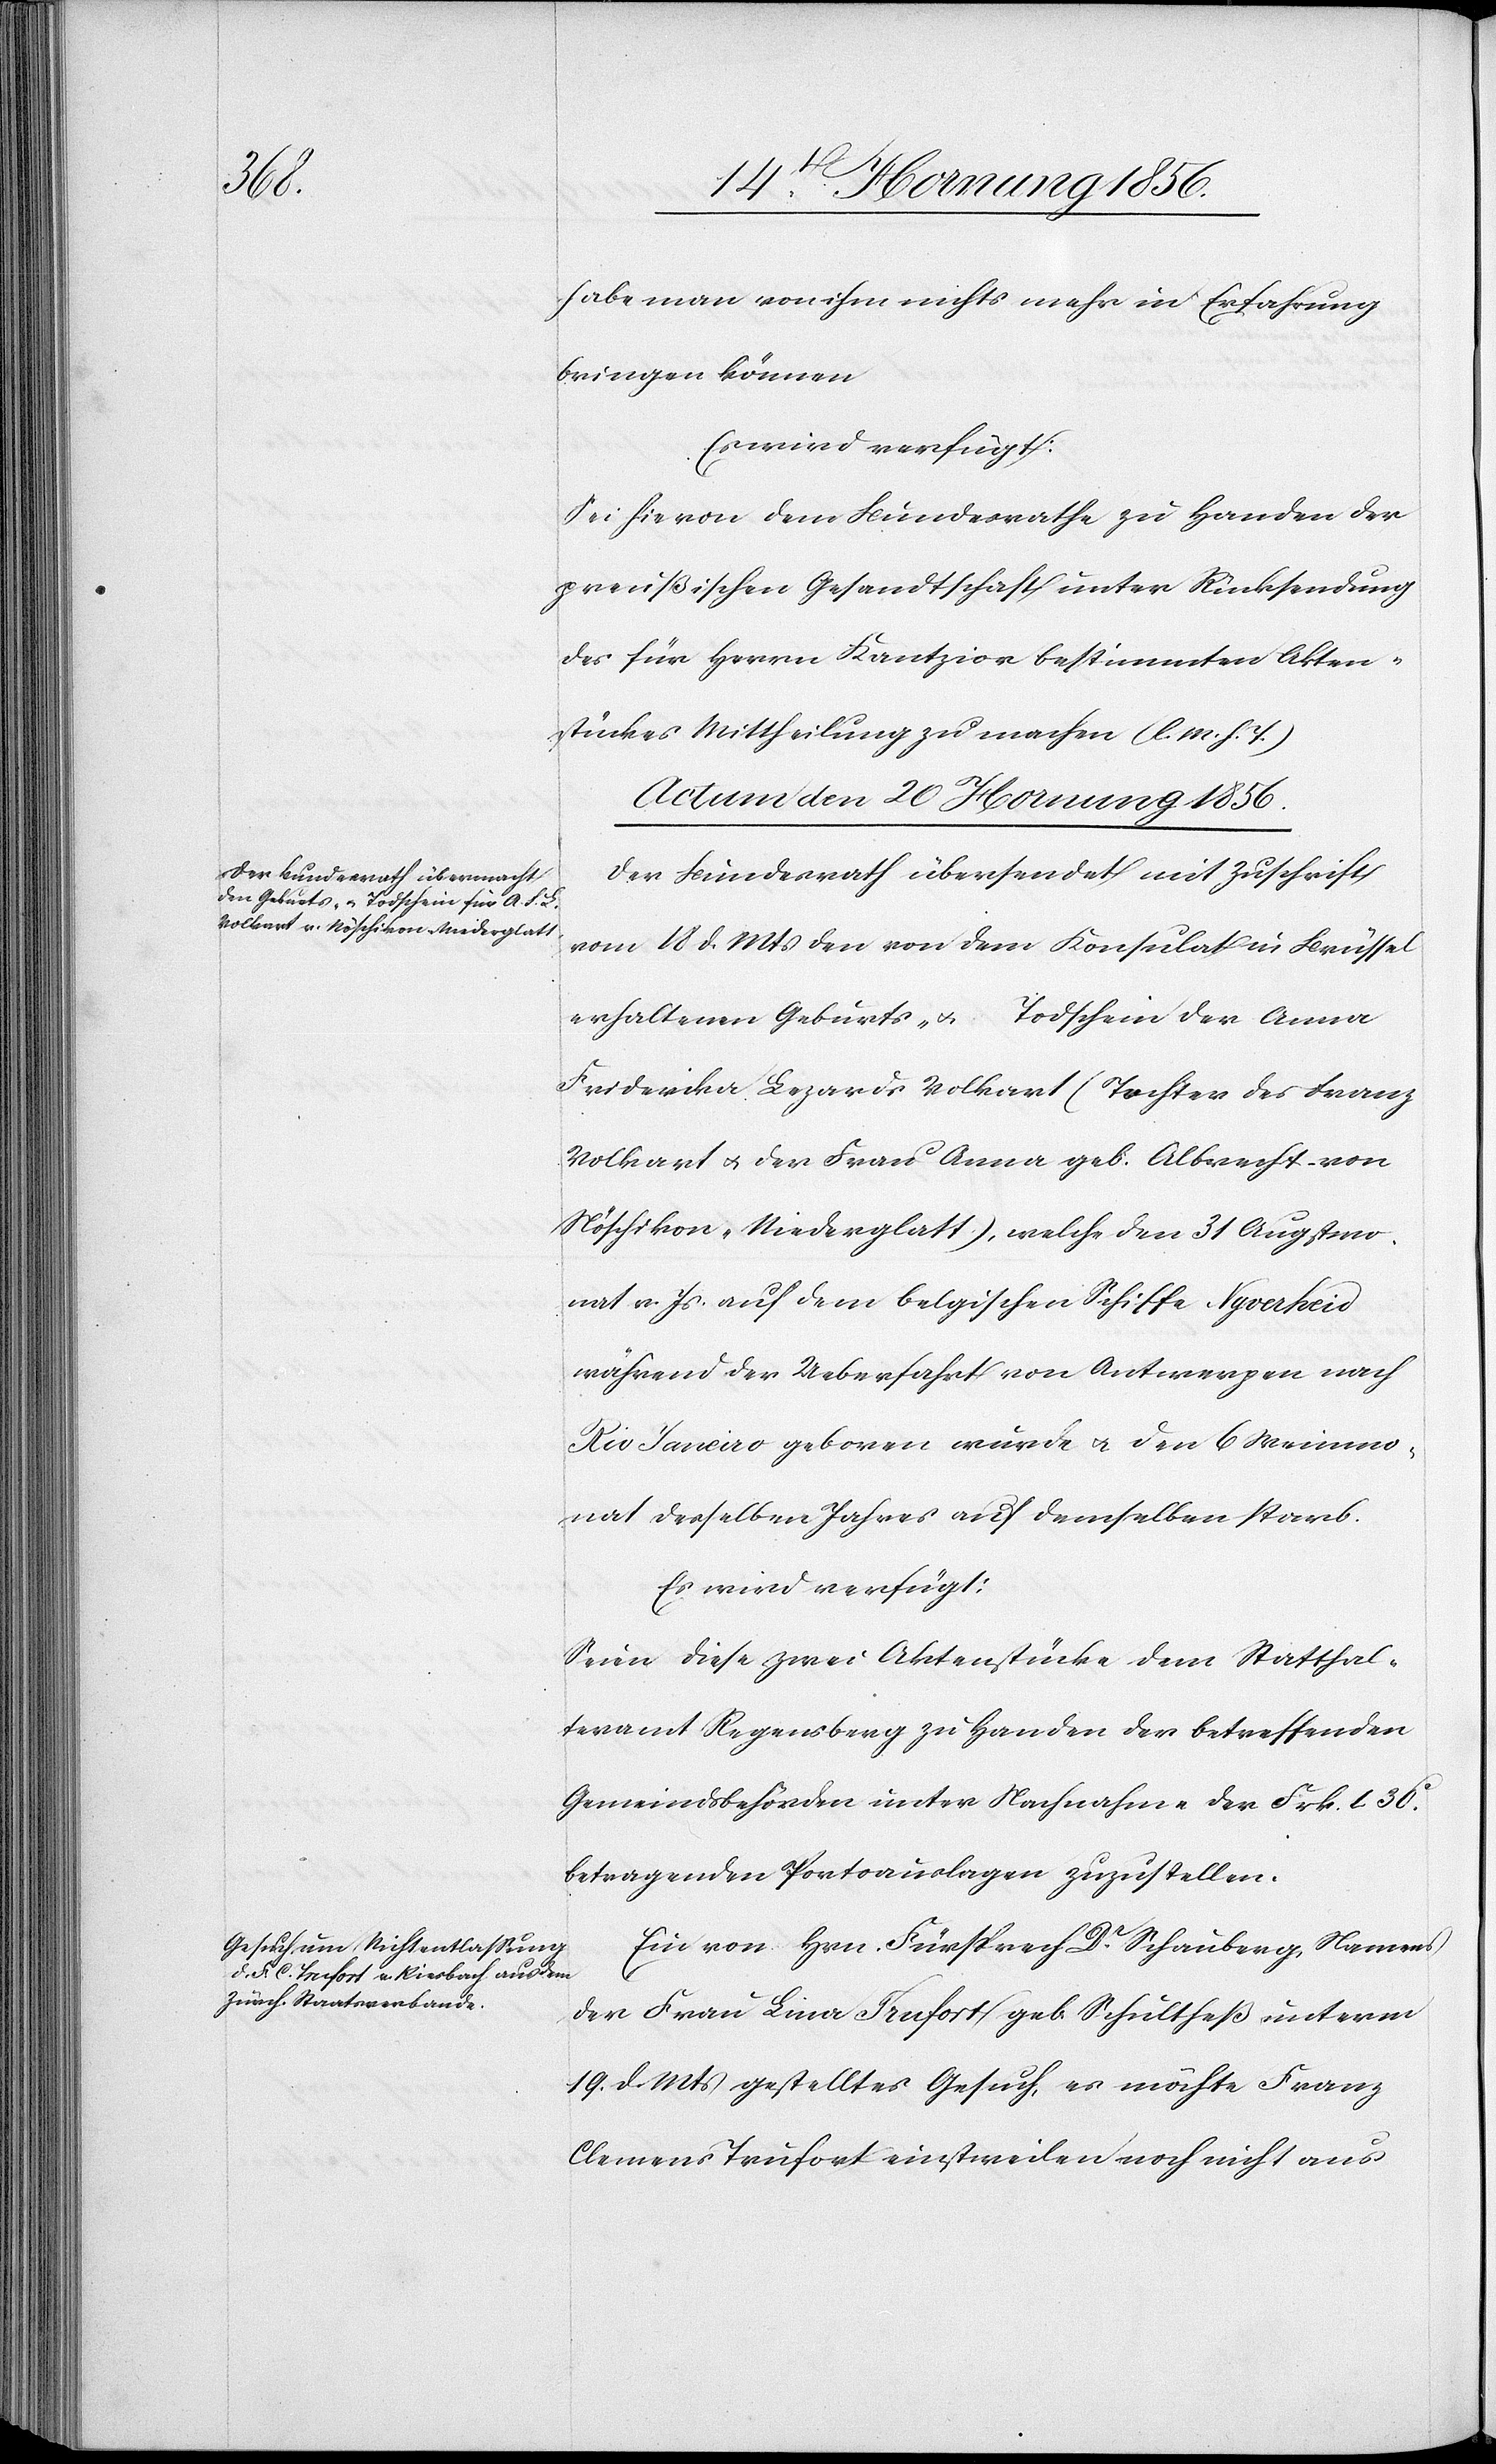
habe man von ihm nichts mehr in Erfahrung
bringen können
Es wird verfügt:
Sei hievon dem Bundesrathe zu Handen der
preußischen Gesandtschaft unter Rücksendung
des für Herrn Kantzior bestimmten Akten¬
stückes Mittheilung zu machen (l. M. h. T.)
Actum den 20 Hornung 1856.]
Der Bundesrath übersendet mit Zuschrift
vom 18 d. Mts den von dem Konsulat in Brüssel
erhaltenen Geburts- u. Todschein der Anna
Friderika Lezards Volkart (Tochter des Franz
Volkart u. der Frau Anna geb. Albrecht von
Nöschikon-Niederglatt), welche den 31 Augstmo¬
nat v. Js auf dem belgischen Schiffe Ngoerheid
während der Ueberfahrt von Antwerpen nach
Rio Janeiro geboren wurde u. den 6 Weinmo¬
nat desselben Jahres auf demselben starb.
Es wird verfügt:
Seien diese zwei Aktenstücke dem Statthal¬
teramt Regensberg zu Handen der betreffenden
Gemeindsbehörde unter Nachnahme der Frk. 1. 30c.
betragenden Portoauslagen zuzustellen.
Ein von Hrn. Fürsprech Dr Schauberg, Namens
der Frau Lina Trufort geb. Schultheß unterm
19. d. Mts gestelltes Gesuch, es möchte Franz
Clemens Trufort einstweilen noch nicht aus